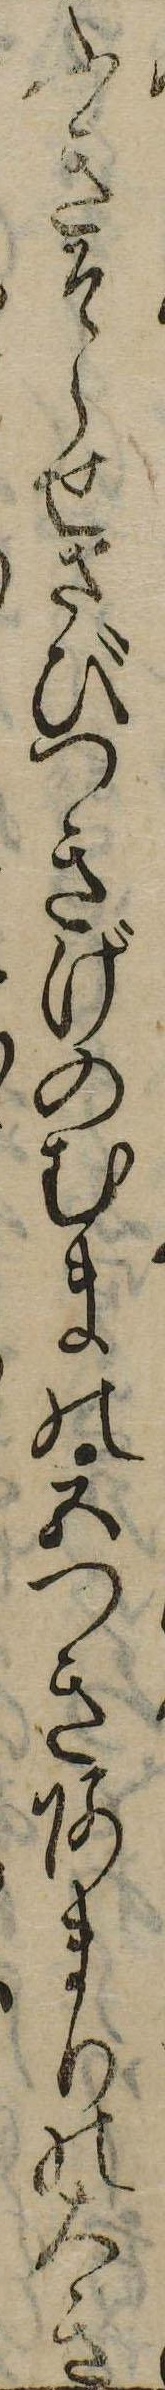
ふきそらせさびつきげのむまの五つきあまりの大き